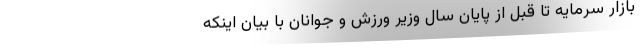
بازار سرمایه تا قبل از پایان سال وزیر ورزش و جوانان با بیان اینکه